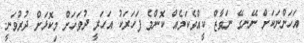
އަހަންނަކަށް ނޭނގޭ ނަވާޒް ކީއްވެކަމެއް ކޮންމެ ފަހަރަކު އަހަރީ ދުވަހަށް މިކޮޅަށް ދުރުވަނީ.